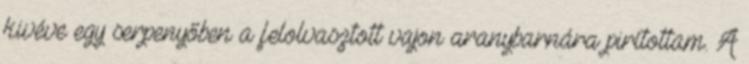
kivéve egy serpenyőben a felolvasztott vajon aranybarnára pirítottam. A